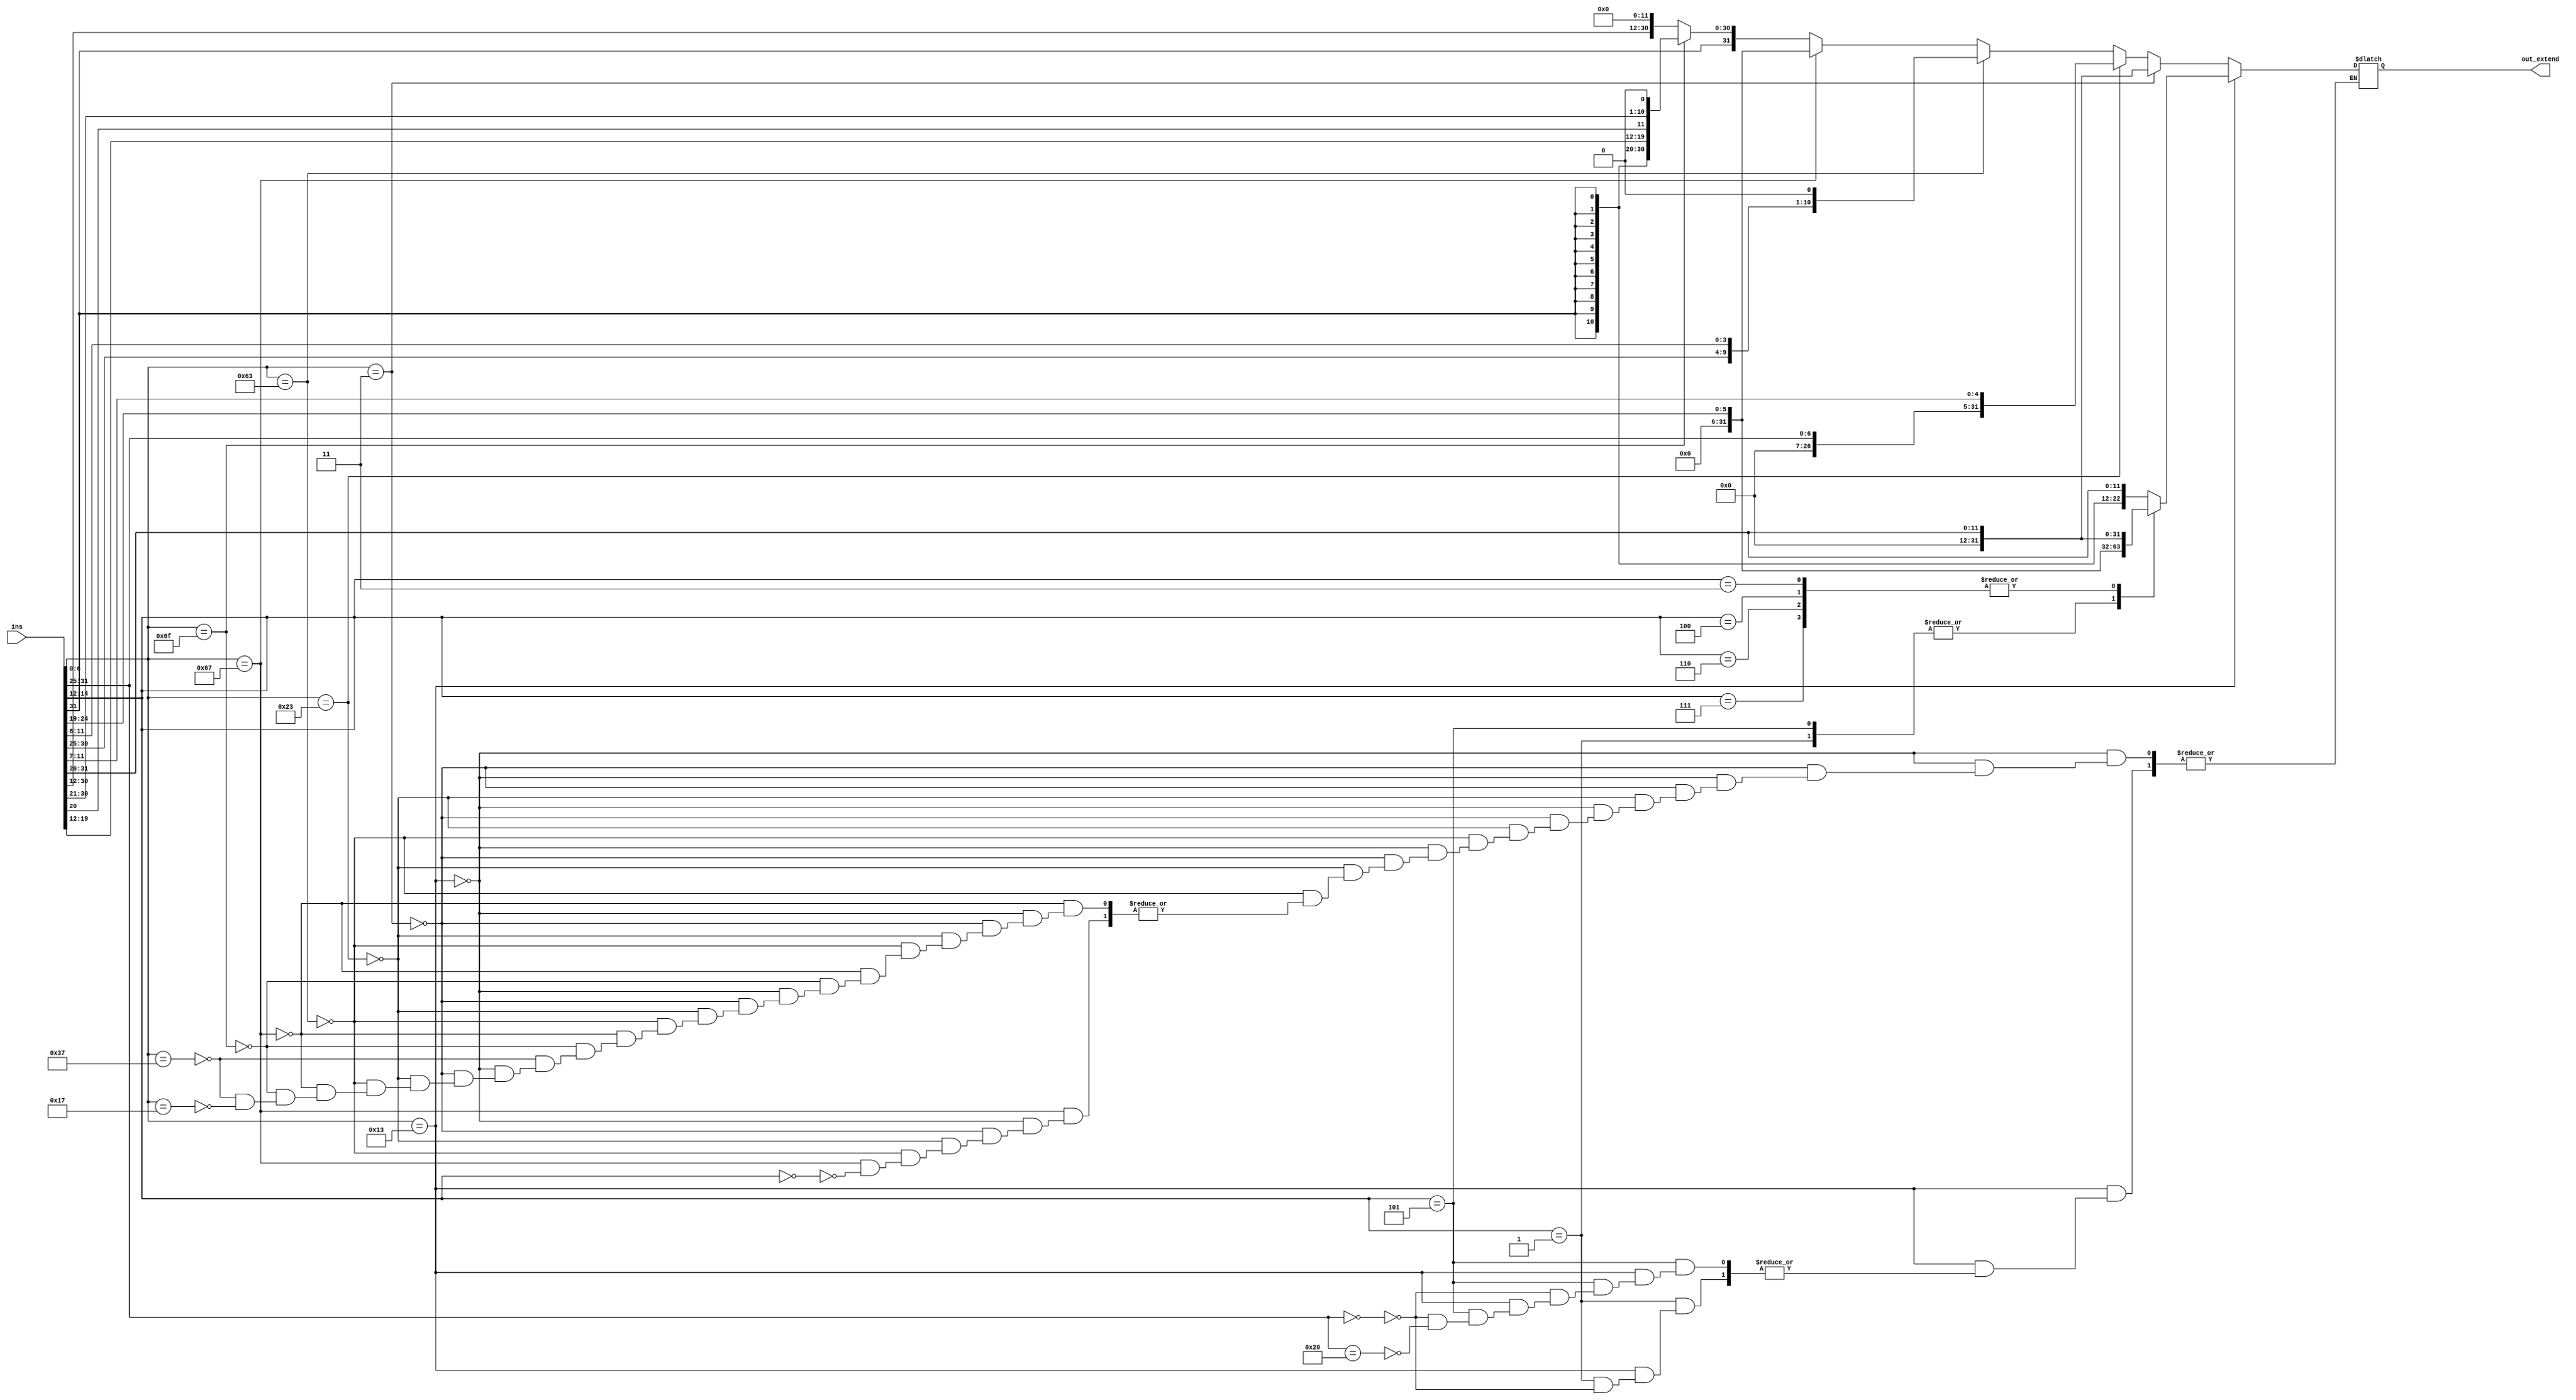
module extend(ins,out_extend);
input signed [31:0]ins;
output  reg signed [31:0] out_extend;
reg  [31:0] out;

wire [6:0] opcode;
wire [2:0] funct3;
wire [6:0] funct7;
assign opcode =ins[6:0];
assign funct3 =ins[14:12];
assign funct7 =ins[31:25];

wire signed[11:0] imm_i;
assign imm_i=ins[31:20];

always @(*) begin 
	out = 'bz;
	if (opcode=='h13)begin
		case (funct3)
					'b000   ,
					'b010 	: out_extend=imm_i; // addi , slti

					'b001   : if(funct7==0) 	// slli
								begin
								out=ins[24:19];
								out_extend=out;	
								end

					'b101   :begin if(funct7==0)			//srli 			/////i*
							  begin
							 	out=ins[24:19];
								out_extend=out;		
							  end
							  else 
							  if(funct7=='h20)				//srai	////i* signed
							  out_extend=ins[24:19]; end	
					'b011	,  						
					'b100	,		   	 					/// sltiu ,xori, ori,andi
					'b110   ,
					'b111   :begin
							 	out=ins[31:20];
							 	out_extend=out;
							 end
					default : out_extend='bz;
			endcase
	end
	else if (opcode == 'h03)begin ////// i MEM
		case (funct3)
					'b000,
					'b001, 
					'b010,
					'b100,
					'b101	: out_extend=ins[31:20];								  
					default : out_extend='bz;
			endcase	
	end
	else if (opcode == 'h23)begin ////// S  MEM
		case (funct3)
					'b000	,
					'b001	, 
					'b010	: out_extend={{20{1'b0}},ins[31:25],ins[11:7]};								  
					default : out_extend='bz;
			endcase	
	end

	else if(opcode==7'h63)// Btype MEM
			begin
				case (funct3)
					'b000	, 	 
					'b001	, 	
					'b100	,  
					'b101	, 	
					'b110	, 	
					'b111	: out_extend = {{20{ins[31]}},ins[31],ins[7],ins[30:25],ins[11:8],1'b0};		
					default : out_extend = 'bz;	
				endcase
			
			end		


	else if(opcode==7'h67)// I type  JALR
			begin
				if(funct3==0)begin		
				out=ins[24:19];
				out_extend=out;
				end
			end

	else if(opcode==7'h6f)// J type  JAL
			begin
				out_extend={{11{ins[31]}},ins[31],ins[19:12],ins[20],ins[30:21],1'b0};
			end		
	else if(opcode==7'h37)// U type		LUI
			begin
				out_extend={ins[31:12],12'b0};
			end
	else if(opcode==7'h17)// U type		AUIPC
			begin
				out_extend={ins[31:12],12'b0};
			end
end

endmodule